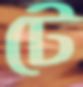
টে